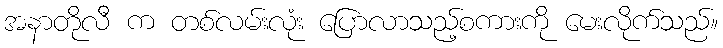
အနာတိုလီ က တစ်လမ်းလုံး ပြောလာသည့်စကားကို မေးလိုက်သည်။